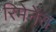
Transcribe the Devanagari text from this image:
रिमेनेंस